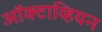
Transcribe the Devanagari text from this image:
ऑक्टाव्हियन